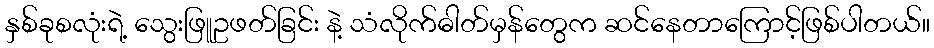
နှစ်ခုစလုံးရဲ့ သွေးဖြူဥဖတ်ခြင်း နဲ့ သံလိုက်ဓါတ်မှန်တွေက ဆင်နေတာကြောင့်ဖြစ်ပါတယ်။